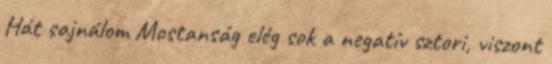
Hát sajnálom Mostanság elég sok a negatív sztori, viszont